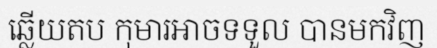
ឆ្លើយតប កុមារអាចទទួល បានមកវិញ